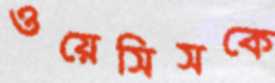
ওয়েসিসকে